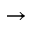
\rightarrow